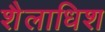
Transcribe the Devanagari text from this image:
शैलाधिश